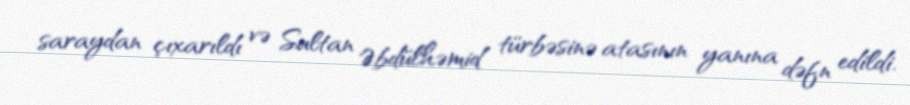
saraydan çıxarıldı və Sultan Əbdülhəmid türbəsinə atasının yanına dəfn edildi.